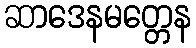
ဆာဒေနမတ္တေန